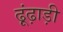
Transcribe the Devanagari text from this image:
ढ़ूंढ़ाड़ी